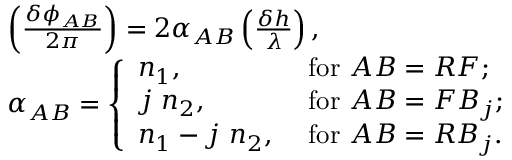
\begin{array} { r l } & { \left( \frac { \delta \phi _ { A B } } { 2 \pi } \right) = 2 \alpha _ { A B } \left( \frac { \delta h } { \lambda } \right) , } \\ & { \alpha _ { A B } = \left\{ \begin{array} { l l } { n _ { 1 } , } & { \mathrm { ~ f o r ~ } A B = R F ; } \\ { j ~ n _ { 2 } , } & { \mathrm { ~ f o r ~ } A B = F B _ { j } ; } \\ { n _ { 1 } - j ~ n _ { 2 } , } & { \mathrm { ~ f o r ~ } A B = R B _ { j } . } \end{array} \right. } \end{array}